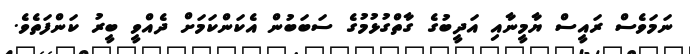
ނަމަވެސް ރައީސް ޔާމީނާއި އަދީބުގެ ގާތްގުޅުމުގެ ސަބަބުން އެކަންކަމަށް ދެއްވީ ބީރު ކަންފަތެވެ.